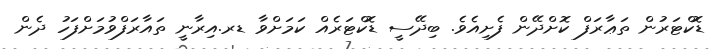
ޑޮކްޓަރުން ތަޢާރަފް ކޮށްދޭން ފެށިއެވެ. ބިދޭސީ ޑޮކްޓަރެއް ކަމަށްވާ ޑރ.އިރާނީ ތައާރަފްވުމަށްފަހު ދެން